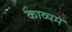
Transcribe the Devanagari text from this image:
काव्यमें